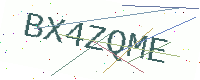
Text: BX4ZQME